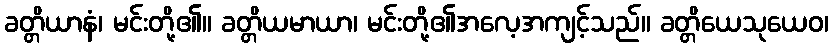
ခတ္တိယာနံ၊ မင်းတို့၏။ ခတ္တိယမာယာ၊ မင်းတို့၏အလေ့အကျင့်သည်။ ခတ္တိယေသုယေဝ၊